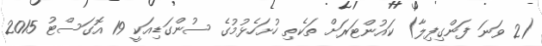
(2 ވަނަ ފަންގިފިލާ) ކައުންޓަރަށް ތަކެތި ހުށަހެޅުމުގެ ސުންގަޑިއަކީ 19 އޮގަސްޓު 2015